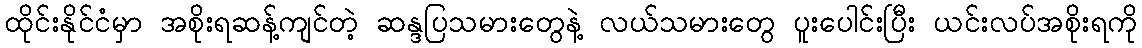
ထိုင်းနိုင်ငံမှာ အစိုးရဆန့်ကျင်တဲ့ ဆန္ဒပြသမားတွေနဲ့ လယ်သမားတွေ ပူးပေါင်းပြီး ယင်းလပ်အစိုးရကို